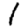
Digit: 1